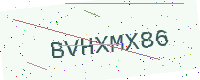
Text: BVHXMX86